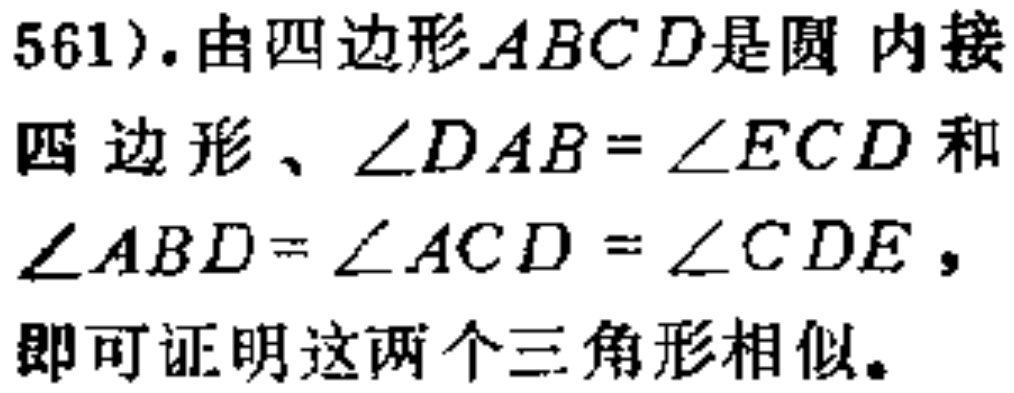
561). 由四边形\(ABCD\)是圆内接四边形、\(\angle DAB = \angle ECD\)和\(\angle ABD=\angle ACD = \angle CDE\)，即可证明这两个三角形相似。